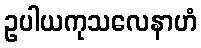
ဥပါယကုသလေနာဟံ